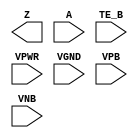
module sky130_fd_sc_lp__busdriver2 (
    Z   ,
    A   ,
    TE_B,
    VPWR,
    VGND,
    VPB ,
    VNB
);

    output Z   ;
    input  A   ;
    input  TE_B;
    input  VPWR;
    input  VGND;
    input  VPB ;
    input  VNB ;
endmodule